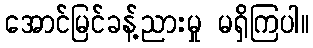
အောင်မြင်ခန့်ညားမှု မရှိကြပါ။